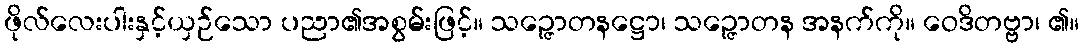
ဖိုလ်လေးပါးနှင့်ယှဉ်သော ပညာ၏အစွမ်းဖြင့်။ သဉ္ဇောတနဋ္ဌော၊ သဉ္ဇောတန အနက်ကို။ ဝေဒိတဗ္ဗာ၊ ၏။